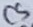
Text: C5